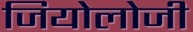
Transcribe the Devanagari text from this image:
जियोलोजी